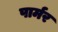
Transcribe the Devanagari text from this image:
पार्मर